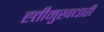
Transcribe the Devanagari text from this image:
ह्त्तीमुखधारी